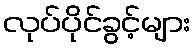
လုပ်ပိုင်ခွင့်များ